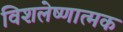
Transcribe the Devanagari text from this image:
विशलेष्णात्मक